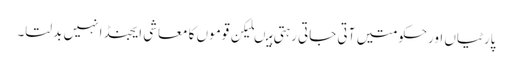
پارٹیاں اورحکومتیں آتی جاتی رہتی ہیںلیکن قوموں کا معاشی ایجنڈا نہیں بدلتا۔